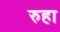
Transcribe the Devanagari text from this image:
रुहा